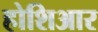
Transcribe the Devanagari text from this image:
होशिआर